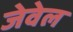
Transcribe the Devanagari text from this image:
जेवेल